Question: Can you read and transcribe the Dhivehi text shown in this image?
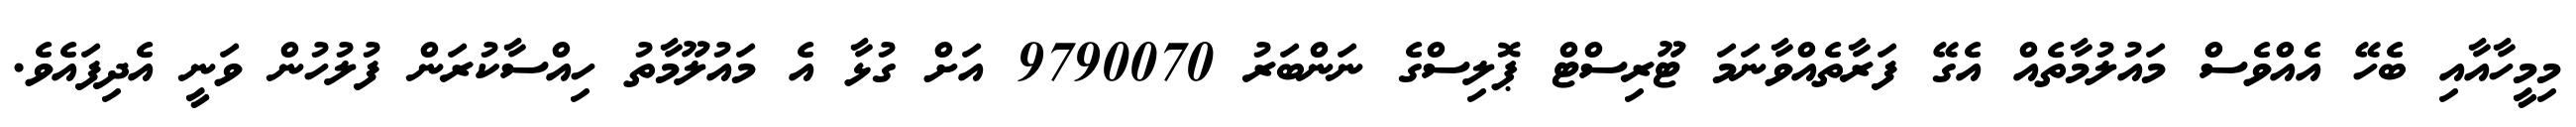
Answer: މިމީހާއާއި ބެހޭ އެއްވެސް މައުލުމާތެއް އެގޭ ފަރާތެއްވާނަމަ ޓޫރިސްޓް ޕޮލިސްގެ ނަންބަރު 9790070 އަށް ގުޅާ އެ މައުލޫމާތު ހިއްސާކުރަން ފުލުހުން ވަނީ އެދިފައެވެ.